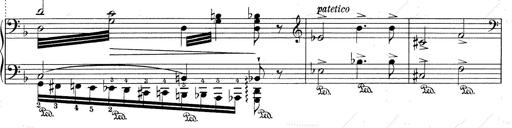
Title: RÃ©miniscences de Don Juan
Composer: Franz Liszt